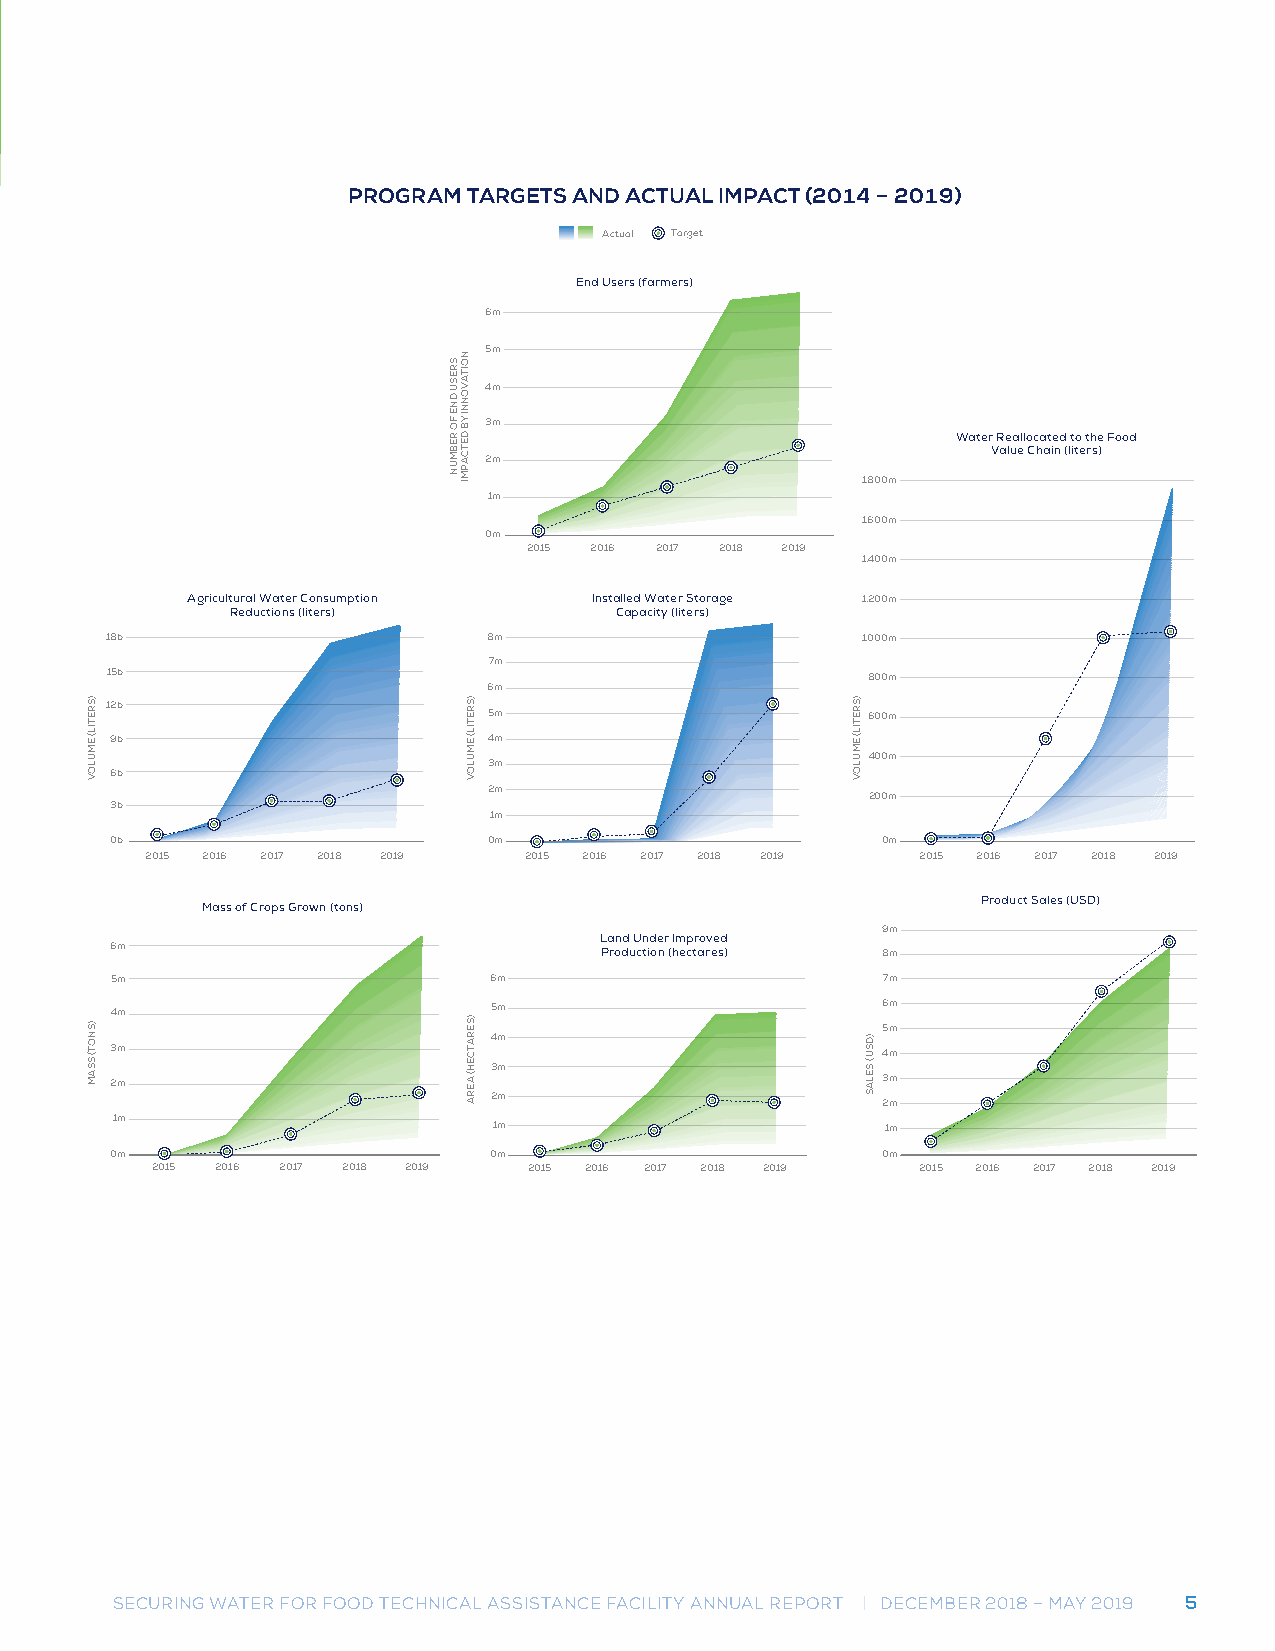
PPRROOGGRRAAMM T TAARRGGEETTSS A ANNDD A ACCTUTUAAL LIM IMPAPCATC (T2 (021041 –4 2 –0 2190)19)
 Actual Target
 End Users (farmers)
 6m
 5m
 4m
 3m
 Water Reallocated to the Food
 Value Chain (liters)
 2m
 1,800m
 1m
 1,600m
 0m
 2015 2016 2017 2018 2019
 1,400m
 Agricultural Water Consumption Installed Water Storage 1,200m
 Reductions (liters)       Capacity (liters)
 18b                      8m                       1,000m
 7m
 15b                                               800m
 6m
 12b
 5m                       600m
 9b                       4m
 400m
 3m
 6b
 2m
 200m
 3b
 1m
 0b                       0m                        0m
 2015 2016 2017 2018 2019 2015 2016 2017 2018 2019  2015 2016 2017 2018 2019
 Product Sales (USD)
 Mass of Crops Grown (tons)
 9m
 Land Under Improved
 6m                               Production (hectares) 8m
 5m                       6m                        7m
 4m                       5m                        6m
 5m
 4m
 3m                                                 4m
 3m
 2m                                                 3m
 2m
 2m
 1m
 1m                        1m
 0m                       0m                        0m
 2015 2016 2017 2018 2019 2015 2016 2017 2018 2019  2015 2016 2017 2018 2019
 SECURING WATER FOR FOOD TECHNICAL ASSISTANCE FACILITY ANNUAL REPORT | DECEMBER 2018 – MAY 2019 5
 )SRETIL(
 EMULOV
 )SNOT(
 SSAM
 SRESU
 DNE
 FO
 REBMUN
 NOITAVONNI
 YB
 DETCAPMI
 )SRETIL(
 EMULOV
 )SERATCEH(
 AERA
 )SRETIL(
 EMULOV
 )DSU(
 SELAS